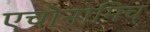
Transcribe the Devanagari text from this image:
एचोनोमिच्